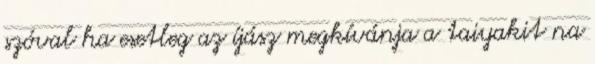
szóval ha esetleg az íjász megkívánja a taiyakit na